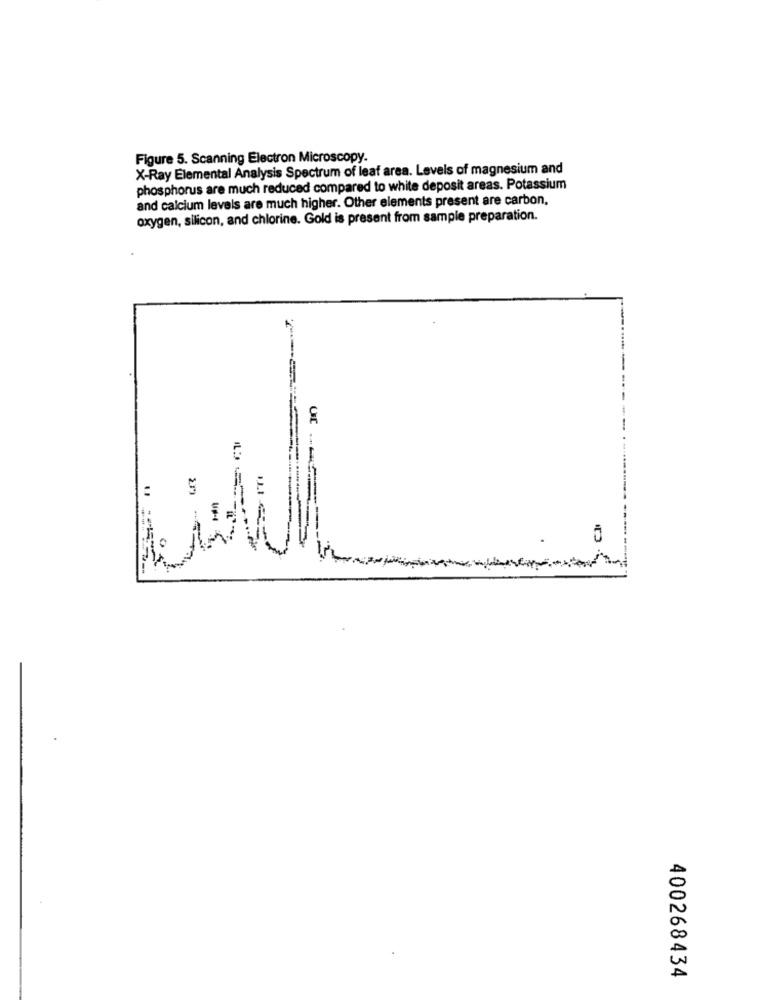
Figure 5. Scanning Electron Microscopy.
X-Ray Elemental Analysis Spectrum of leaf area. Levels of magnesium and
phosphorus are much reduced compared to white deposit areas. Potassium
and calcium levels are much higher. Other elements present are carbon,
oxygen, silicon, and chlorine. Gold is present from sample preparation.
Ur .. SE
---------
--------
400268434